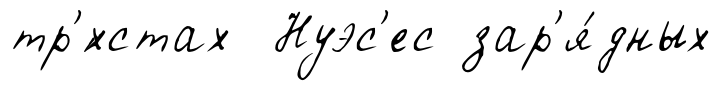
тр'́хстах Нуэс'ес зар'я́дных